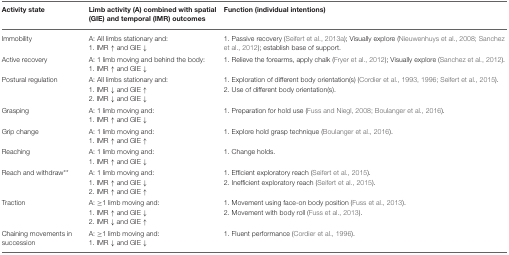
<table><thead><tr><td><b>Activity state</b></td><td><b>Limb activity (A) combined with spatial (GIE) and temporal (IMR) outcomes</b></td><td><b>Function (individual intentions)</b></td></tr></thead><tbody><tr><td>Immobility</td><td>A: All limbs stationary and:1. IMR ↑ and GIE ↓</td><td>1. Passive recovery (Seifert et al., 2013a); Visually explore (Nieuwenhuys et al., 2008; Sanchez et al., 2012); establish base of support.</td></tr><tr><td>Active recovery</td><td>A: 1 limb moving and behind the body:1. IMR ↑ and GIE ↓</td><td>1. Relieve the forearms, apply chalk (Fryer et al., 2012); Visually explore (Sanchez et al., 2012).</td></tr><tr><td>Postural regulation</td><td>A: All limbs stationary and:1. IMR ↓ and GIE ↑2. IMR ↓ and GIE ↓</td><td>1. Exploration of different body orientation(s) (Cordier et al., 1993, 1996; Seifert et al., 2015).2. Use of different body orientation(s).</td></tr><tr><td>Grasping</td><td>A: 1 limb moving and:1. IMR ↑ and GIE ↓</td><td>1. Preparation for hold use (Fuss and Niegl, 2008; Boulanger et al., 2016).</td></tr><tr><td>Grip change</td><td>A: 1 limb moving and:1. IMR ↑ and GIE ↑</td><td>1. Explore hold grasp technique (Boulanger et al., 2016).</td></tr><tr><td>Reaching</td><td>A: 1 limb moving and:1. IMR ↑ and GIE ↓</td><td>1. Change holds.</td></tr><tr><td>Reach and withdraw<sup>**</sup></td><td>A: 1 limb moving and:1. IMR ↑ and GIE ↓2. IMR ↑ and GIE ↑</td><td>1. Efficient exploratory reach (Seifert et al., 2015).2. Inefficient exploratory reach (Seifert et al., 2015).</td></tr><tr><td>Traction</td><td>A: ≥1 limb moving and:1. IMR ↑ and GIE ↓2. IMR ↓ and GIE ↑</td><td>1. Movement using face-on body position (Fuss et al., 2013).2. Movement with body roll (Fuss et al., 2013).</td></tr><tr><td>Chaining movements in succession</td><td>A: ≥1 limb moving and:1. IMR ↓ and GIE ↓</td><td>1. Fluent performance (Cordier et al., 1996).</td></tr></tbody></table>